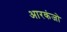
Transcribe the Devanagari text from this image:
आरकंजो